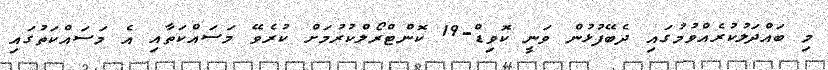
މި ބައްދަލުކުރެއްވުމުގައި ދެބޭފުޅުން ވަނީ ކޮވިޑް-19 ކޮންޓްރޯލްކުރުމަށް ކުރެވޭ މަސައްކަތާއި އެ މަސައްކަތުގައި